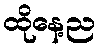
ထိုနေ့ည